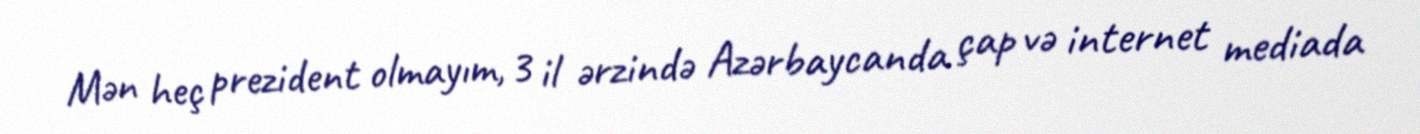
Mən heç prezident olmayım, 3 il ərzində Azərbaycanda çap və internet mediada